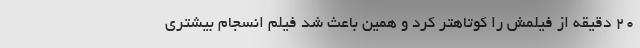
20 دقیقه از فیلمش را کوتاهتر کرد و همین باعث شد فیلم انسجام بیشتری